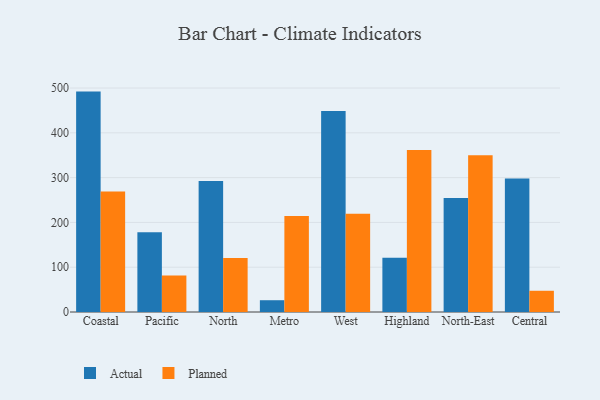
{"axis": {"x": "Region", "y": "Demand Index"}, "legend": ["Actual", "Planned"], "data": [{"x": "Coastal", "y": 492.0, "type": "Actual"}, {"x": "Coastal", "y": 268.8, "type": "Planned"}, {"x": "Pacific", "y": 178.2, "type": "Actual"}, {"x": "Pacific", "y": 81.7, "type": "Planned"}, {"x": "North", "y": 292.6, "type": "Actual"}, {"x": "North", "y": 120.6, "type": "Planned"}, {"x": "Metro", "y": 26.3, "type": "Actual"}, {"x": "Metro", "y": 214.5, "type": "Planned"}, {"x": "West", "y": 448.9, "type": "Actual"}, {"x": "West", "y": 219.5, "type": "Planned"}, {"x": "Highland", "y": 121.2, "type": "Actual"}, {"x": "Highland", "y": 361.5, "type": "Planned"}, {"x": "North-East", "y": 254.3, "type": "Actual"}, {"x": "North-East", "y": 350.1, "type": "Planned"}, {"x": "Central", "y": 298.0, "type": "Actual"}, {"x": "Central", "y": 47.4, "type": "Planned"}]}